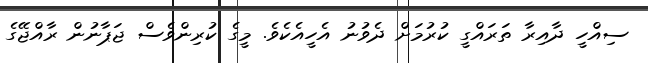
ސިއްހީ ދާއިރާ ތަރައްގީ ކުރުމަށް ދެވުނު އެހީއެކެވެ. މީގެ ކުރިންވެސް ޖަޕާނުން ރާއްޖޭގެ